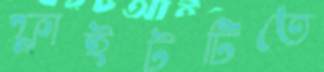
ফ্লাইটটিতে